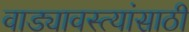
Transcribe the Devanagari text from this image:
वाड्यावस्त्यांसाठी